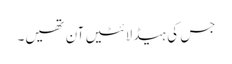
جس کی ہیڈ لائٹیں آن تھیں۔